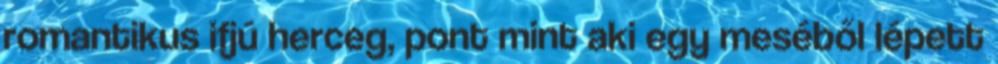
romantikus ifjú herceg, pont mint aki egy meséből lépett